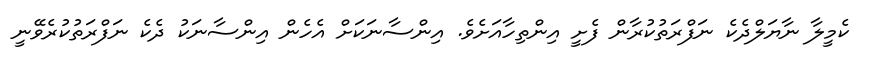
ކެމީލާ ނާޔަލްދެކެ ނަފްރަތުކުރާން ފެށީ އިންތިހާއަށެވެ. އިންސާނަކަށް އެހެން އިންސާނަކު ދެކެ ނަފްރަތުކުރެވޭނީ